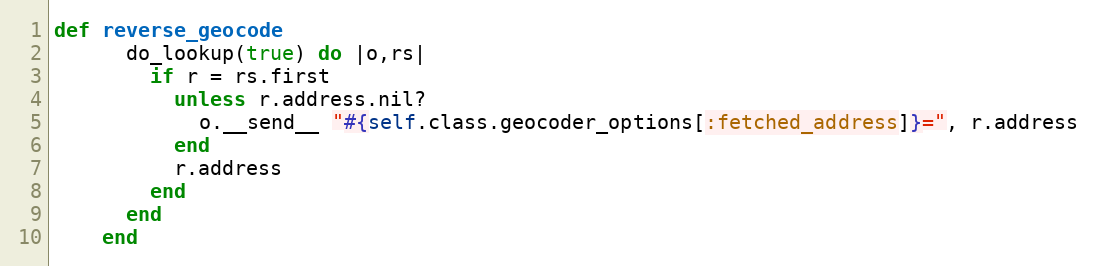
Language: Ruby
def reverse_geocode
      do_lookup(true) do |o,rs|
        if r = rs.first
          unless r.address.nil?
            o.__send__ "#{self.class.geocoder_options[:fetched_address]}=", r.address
          end
          r.address
        end
      end
    end